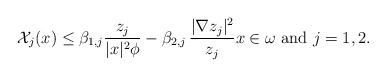
LaTeX: \begin{align*} \mathcal X_j(x)\leq \beta_{1,j} \frac{z_j}{|x|^2 \phi}-\beta_{2,j} \,\frac{|\nabla z_j|^2}{z_j} x\in \omega \ \mbox{and } j=1,2.\end{align*}